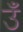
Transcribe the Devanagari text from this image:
उँ